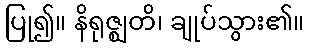
ပြု၍။ နိရုဇ္ဈတိ၊ ချုပ်သွား၏။